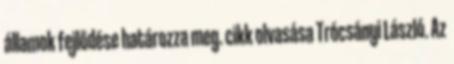
államok fejlődése határozza meg. cikk olvasása Trócsányi László. Az